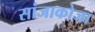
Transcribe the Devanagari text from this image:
सांजाकोजा